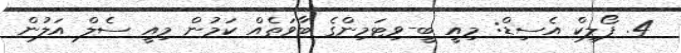
4. ފޯލިކް އެސިޑް: މިއީ ބީ-ވިޓަމިންގެ ބާވަތެއް ކަމުން މިއީ ސެލް އަލުން